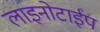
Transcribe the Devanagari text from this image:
लाइनोटाईप